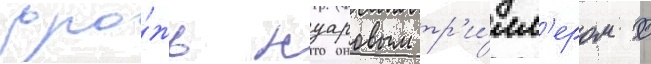
дро́жь нуаровым тр'и́лл'ером с